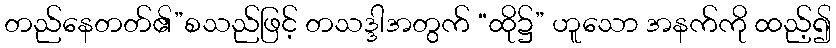
တည်နေတတ်၏”စသည်ဖြင့် တသဒ္ဒါအတွက် “ထို၌” ဟူသော အနက်ကို ထည့်၍